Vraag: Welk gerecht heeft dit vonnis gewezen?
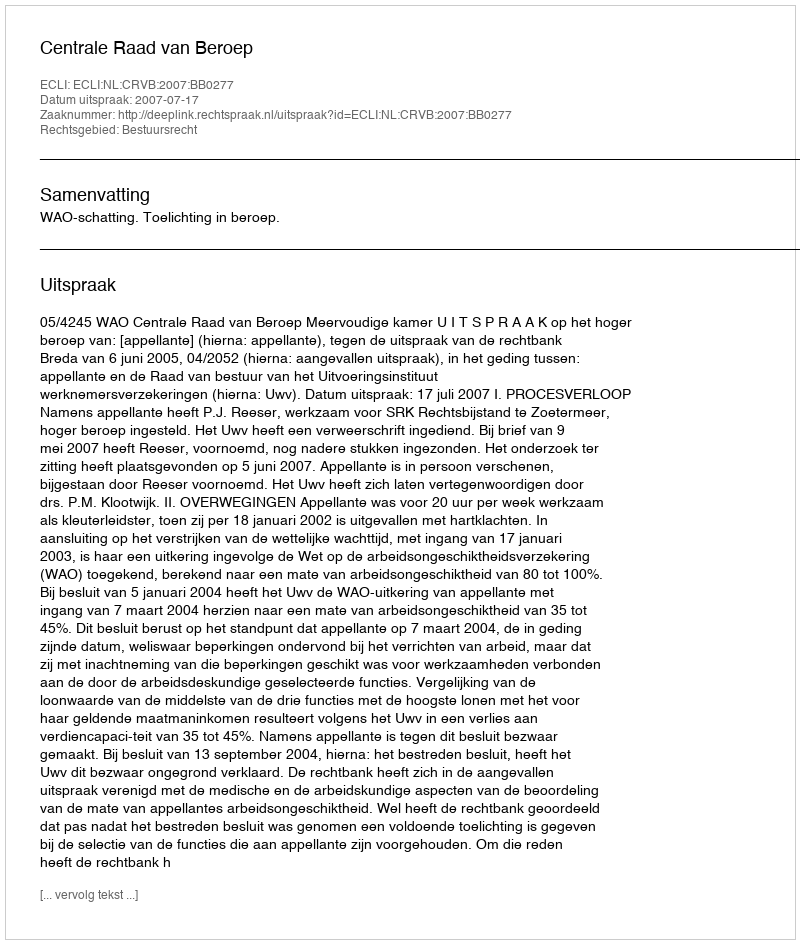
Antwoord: Centrale Raad van Beroep